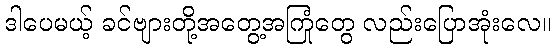
ဒါပေမယ့် ခင်ဗျားတို့အတွေ့အကြုံတွေ လည်းပြောအုံးလေ။